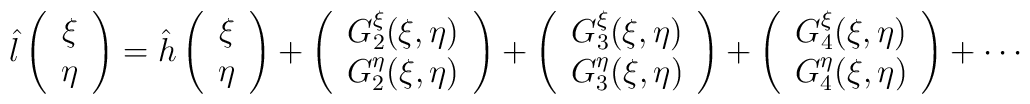
\hat{l}\left (\begin{array}{c}\xi\\ \eta \end{array}\right )=\hat{h}\left (\begin{array}{c} \xi \\ \eta \end{array}\right )+\left (\begin{array}{c} G^{\xi}_{2}(\xi ,\eta )\\ G^{\eta}_{2}(\xi,\eta )\end{array}\right )+\left (\begin{array}{c} G^{\xi}_{3}(\xi ,\eta )\\ G^{\eta}_{3}(\xi,\eta )\end{array}\right )+\left (\begin{array}{c} G^{\xi}_{4}(\xi ,\eta )\\ G^{\eta}_{4}(\xi,\eta )\end{array}\right )+\cdots